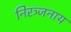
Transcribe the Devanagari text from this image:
निरञ्जनाय